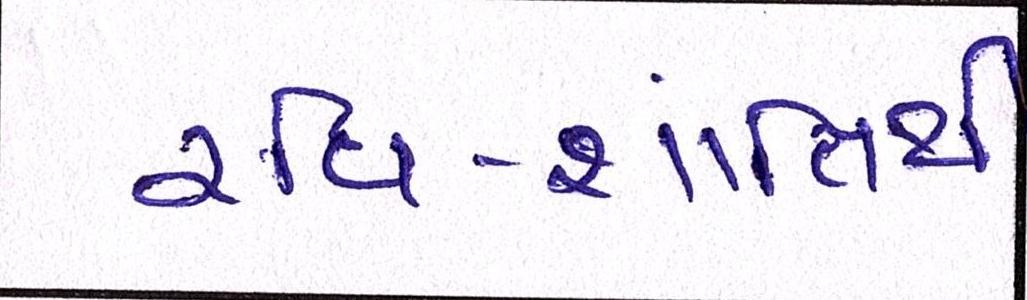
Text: રવિ-શાંતિથી